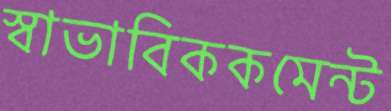
স্বাভাবিককমেন্ট